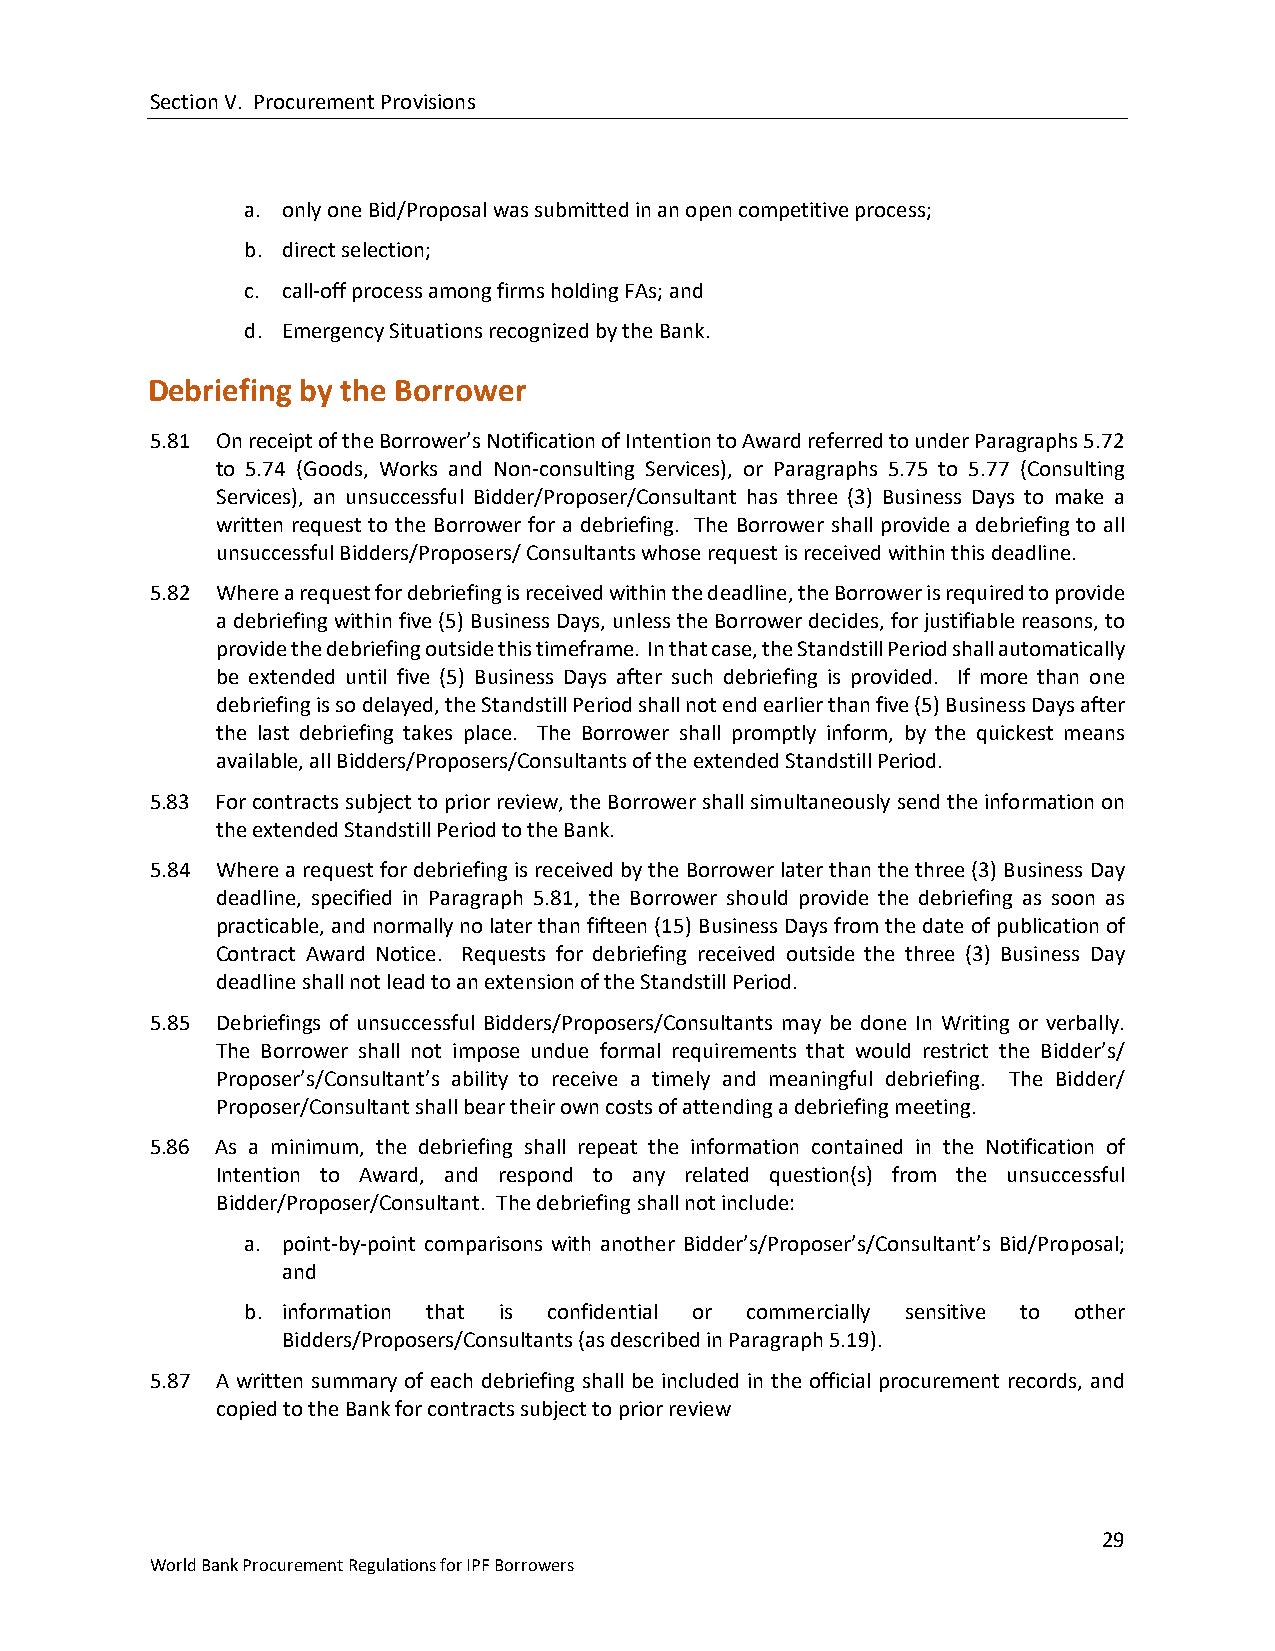
Section V. Procurement Provisions
 a. only one Bid/Proposal was submitted in an open competitive process;
 b. direct selection;
 c. call-off process among firms holding FAs; and
 d. Emergency Situations recognized by the Bank.
 Debriefing by the Borrower
 5.81 On receipt of the Borrower’s Notification of Intention to Award referred to under Paragraphs 5.72
 to 5.74 (Goods, Works and Non-consulting Services), or Paragraphs 5.75 to 5.77 (Consulting
 Services), an unsuccessful Bidder/Proposer/Consultant has three (3) Business Days to make a
 written request to the Borrower for a debriefing. The Borrower shall provide a debriefing to all
 unsuccessful Bidders/Proposers/ Consultants whose request is received within this deadline.
 5.82 Where a request for debriefing is received within the deadline, the Borrower is required to provide
 a debriefing within five (5) Business Days, unless the Borrower decides, for justifiable reasons, to
 provide the debriefing outside this timeframe. In that case, the Standstill Period shall automatically
 be extended until five (5) Business Days after such debriefing is provided. If more than one
 debriefing is so delayed, the Standstill Period shall not end earlier than five (5) Business Days after
 the last debriefing takes place. The Borrower shall promptly inform, by the quickest means
 available, all Bidders/Proposers/Consultants of the extended Standstill Period.
 5.83 For contracts subject to prior review, the Borrower shall simultaneously send the information on
 the extended Standstill Period to the Bank.
 5.84 Where a request for debriefing is received by the Borrower later than the three (3) Business Day
 deadline, specified in Paragraph 5.81, the Borrower should provide the debriefing as soon as
 practicable, and normally no later than fifteen (15) Business Days from the date of publication of
 Contract Award Notice. Requests for debriefing received outside the three (3) Business Day
 deadline shall not lead to an extension of the Standstill Period.
 5.85 Debriefings of unsuccessful Bidders/Proposers/Consultants may be done In Writing or verbally.
 The Borrower shall not impose undue formal requirements that would restrict the Bidder’s/
 Proposer’s/Consultant’s ability to receive a timely and meaningful debriefing. The Bidder/
 Proposer/Consultant shall bear their own costs of attending a debriefing meeting.
 5.86 As a minimum, the debriefing shall repeat the information contained in the Notification of
 Intention to Award, and respond to any related question(s) from the unsuccessful
 Bidder/Proposer/Consultant. The debriefing shall not include:
 a. point-by-point comparisons with another Bidder’s/Proposer’s/Consultant’s Bid/Proposal;
 and
 b. information that is confidential or commercially sensitive to other
 Bidders/Proposers/Consultants (as described in Paragraph 5.19).
 5.87 A written summary of each debriefing shall be included in the official procurement records, and
 copied to the Bank for contracts subject to prior review
 29
 World Bank Procurement Regulations for IPF Borrowers